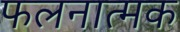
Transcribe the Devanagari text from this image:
फलनात्मक